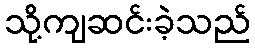
သို့ကျဆင်းခဲ့သည်